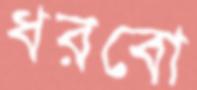
ধরবো